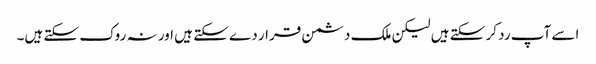
اسے آپ رد کر سکتے ہیں لیکن ملک دشمن قرار دے سکتے ہیں اور نہ روک سکتے ہیں۔